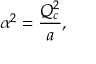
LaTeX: \alpha ^ { 2 } = { \frac { Q _ { c } ^ { 2 } } { a } } ,